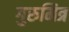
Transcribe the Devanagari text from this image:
गुरुमित्र